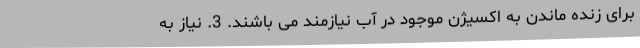
برای زنده ماندن به اکسیژن موجود در آب نیازمند می باشند. 3. نیاز به